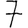
Digit: 7